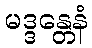
မဒ္ဒန္တေနံ